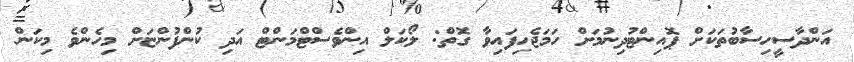
އަންދާސީހިސާބުތަކަށް ޕޮއިންޓުދިނުމަށް ހަމަޖެހިފައިވާ ގޮތް: ލޯކަލް އިންވެސްޓްމަންޓް އަދި ކުންފުންޏަށް މިހެންވެ މިކަން